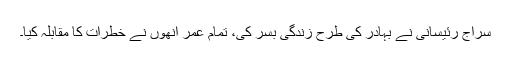
سراج رئیسانی نے بہادر کی طرح زندگی بسر کی، تمام عمر انھوں نے خطرات کا مقابلہ کیا۔